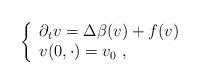
LaTeX: \begin{align*}\left\{\begin{array}{l}\partial_t v = \Delta \beta(v) + f(v) \\v(0,\cdot) = v_0 \ ,\end{array}\right .\end{align*}